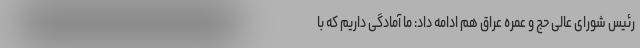
رئیس شورای عالی حج و عمره عراق هم ادامه داد: ما آمادگی داریم که با